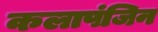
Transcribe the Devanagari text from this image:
कलापंजिन